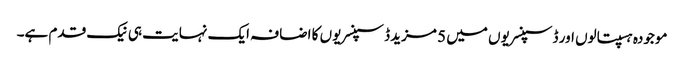
موجودہ ہسپتالوں اور ڈسپنسریوں میں 5 مزید ڈسپنسریوں کا اضافہ ایک نہایت ہی نیک قدم ہے۔